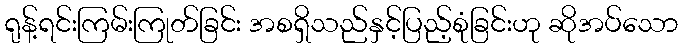
ရုန့်ရင်းကြမ်းကြုတ်ခြင်း အစရှိသည်နှင့်ပြည့်စုံခြင်းဟု ဆိုအပ်သော